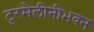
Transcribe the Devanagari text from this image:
टूरमैलीनीभवन